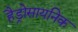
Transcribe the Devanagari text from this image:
हैड्रोसायनिक